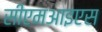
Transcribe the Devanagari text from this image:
सीएमआइएस